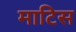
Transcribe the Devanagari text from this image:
माटिस